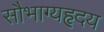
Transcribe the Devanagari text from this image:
सौभाग्यहृदय